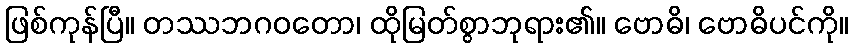
ဖြစ်ကုန်ပြီ။ တဿဘဂဝတော၊ ထိုမြတ်စွာဘုရား၏။ ဗောဓိ၊ ဗောဓိပင်ကို။